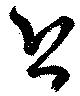
恐